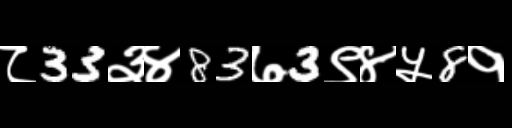
Text: ८33३४83७3९४५8१